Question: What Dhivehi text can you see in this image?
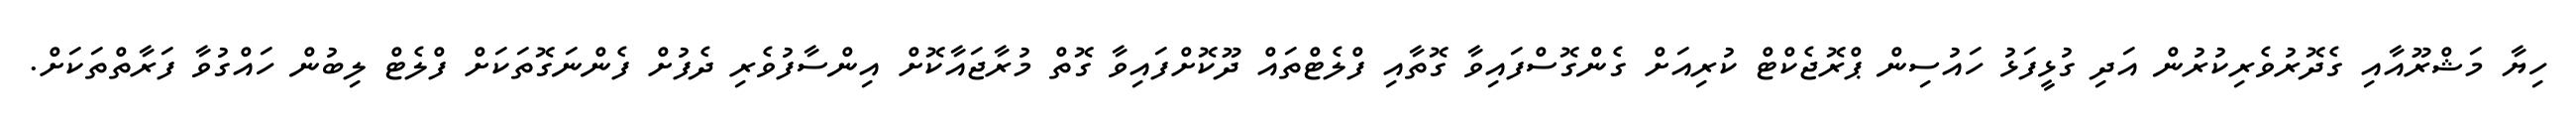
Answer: ހިޔާ މަޝްރޫއާއި ގެދޮރުވެރިކުރުން އަދި ގުޅީފަޅު ހައުސިން ޕްރޮޖެކްޓް ކުރިއަށް ގެންގޮސްފައިވާ ގޮތާއި ފްލެޓްތައް ދޫކޮށްފައިވާ ގޮތް މުރާޖައާކޮށް އިންސާފުވެރި ދެފުށް ފެންނަގޮތަކަށް ފްލެޓް ލިބުން ހައްގުވާ ފަރާތްތަކަށް.